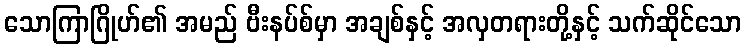
သောကြာဂြိုဟ်၏ အမည် ဗီးနပ်စ်မှာ အချစ်နှင့် အလှတရားတို့နှင့် သက်ဆိုင်သော